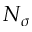
N _ { \sigma }